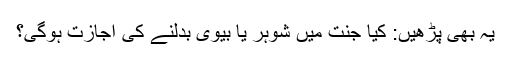
یہ بھی پڑھیں: کیا جنت میں شوہر یا بیوی بدلنے کی اجازت ہوگی؟